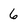
Character: 6